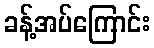
ခန့်အပ်ကြောင်း